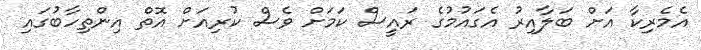
އެމެރިކާ އަށް ބަލާއިރު އެގައުމުގެ ރައީސް ކަމަށް ވެސް ކުރިއަށް އޮތް އިންތިހާބުގައި